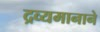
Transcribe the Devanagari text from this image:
द्रव्यमानाने